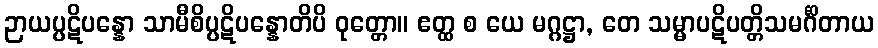
ဉာယပ္ပဋိပန္နော သာမီစိပ္ပဋိပန္နောတိပိ ဝုတ္တော။ ဧတ္ထ စ ယေ မဂ္ဂဋ္ဌာ, တေ သမ္မာပဋိပတ္တိသမင်္ဂိတာယ